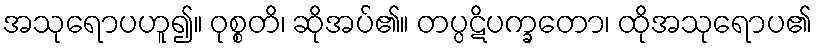
အသုရောပဟူ၍။ ဝုစ္စတိ၊ ဆိုအပ်၏။ တပ္ပဋိပက္ခတော၊ ထိုအသုရောပ၏